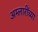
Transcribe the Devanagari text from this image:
अम्लारींच्या